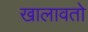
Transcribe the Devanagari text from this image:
खालावतो